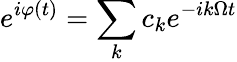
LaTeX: e^{i\varphi(t)}=\sum_{k}c_{k}e^{-ik\Omega t}